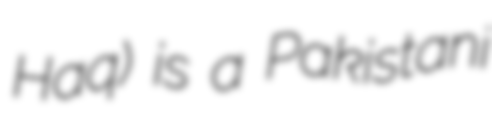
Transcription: Haq) is a Pakistani